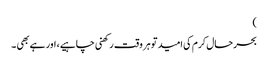
)
بحرحال کرم کی امید تو ہر وقت رکھنی چاہیے، اور ہے بھی ۔